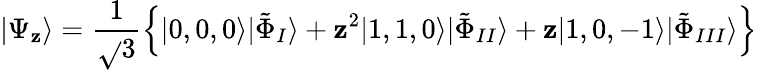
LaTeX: |\Psi_{\mathbf{z}}\rangle=\frac{{1}}{{\sqrt{}{{3}}}}\left\{ |0,0,0\rangle|\tilde{{\Phi}}_{I}\rangle+\mathbf{z}^{2}|1,1,0\rangle|\tilde{{\Phi}}_{II}\rangle+\mathbf{z}|1,0,-1\rangle|\tilde{{\Phi}}_{III}\rangle\right\}